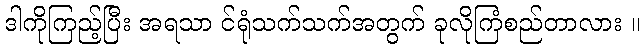
ဒါကိုကြည့်ပြီး အရသာ င်ရုံသက်သက်အတွက် ခုလိုကြံစည်တာလား ။